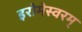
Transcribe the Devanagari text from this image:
इरोमेस्वरम्